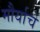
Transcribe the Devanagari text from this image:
मौर्याचे